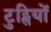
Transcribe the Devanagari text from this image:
टुट्सियों